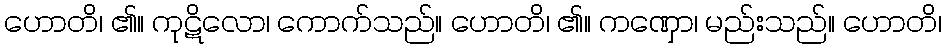
ဟောတိ၊ ၏။ ကုဋိလော၊ ကောက်သည်။ ဟောတိ၊ ၏။ ကဏှော၊ မည်းသည်။ ဟောတိ၊